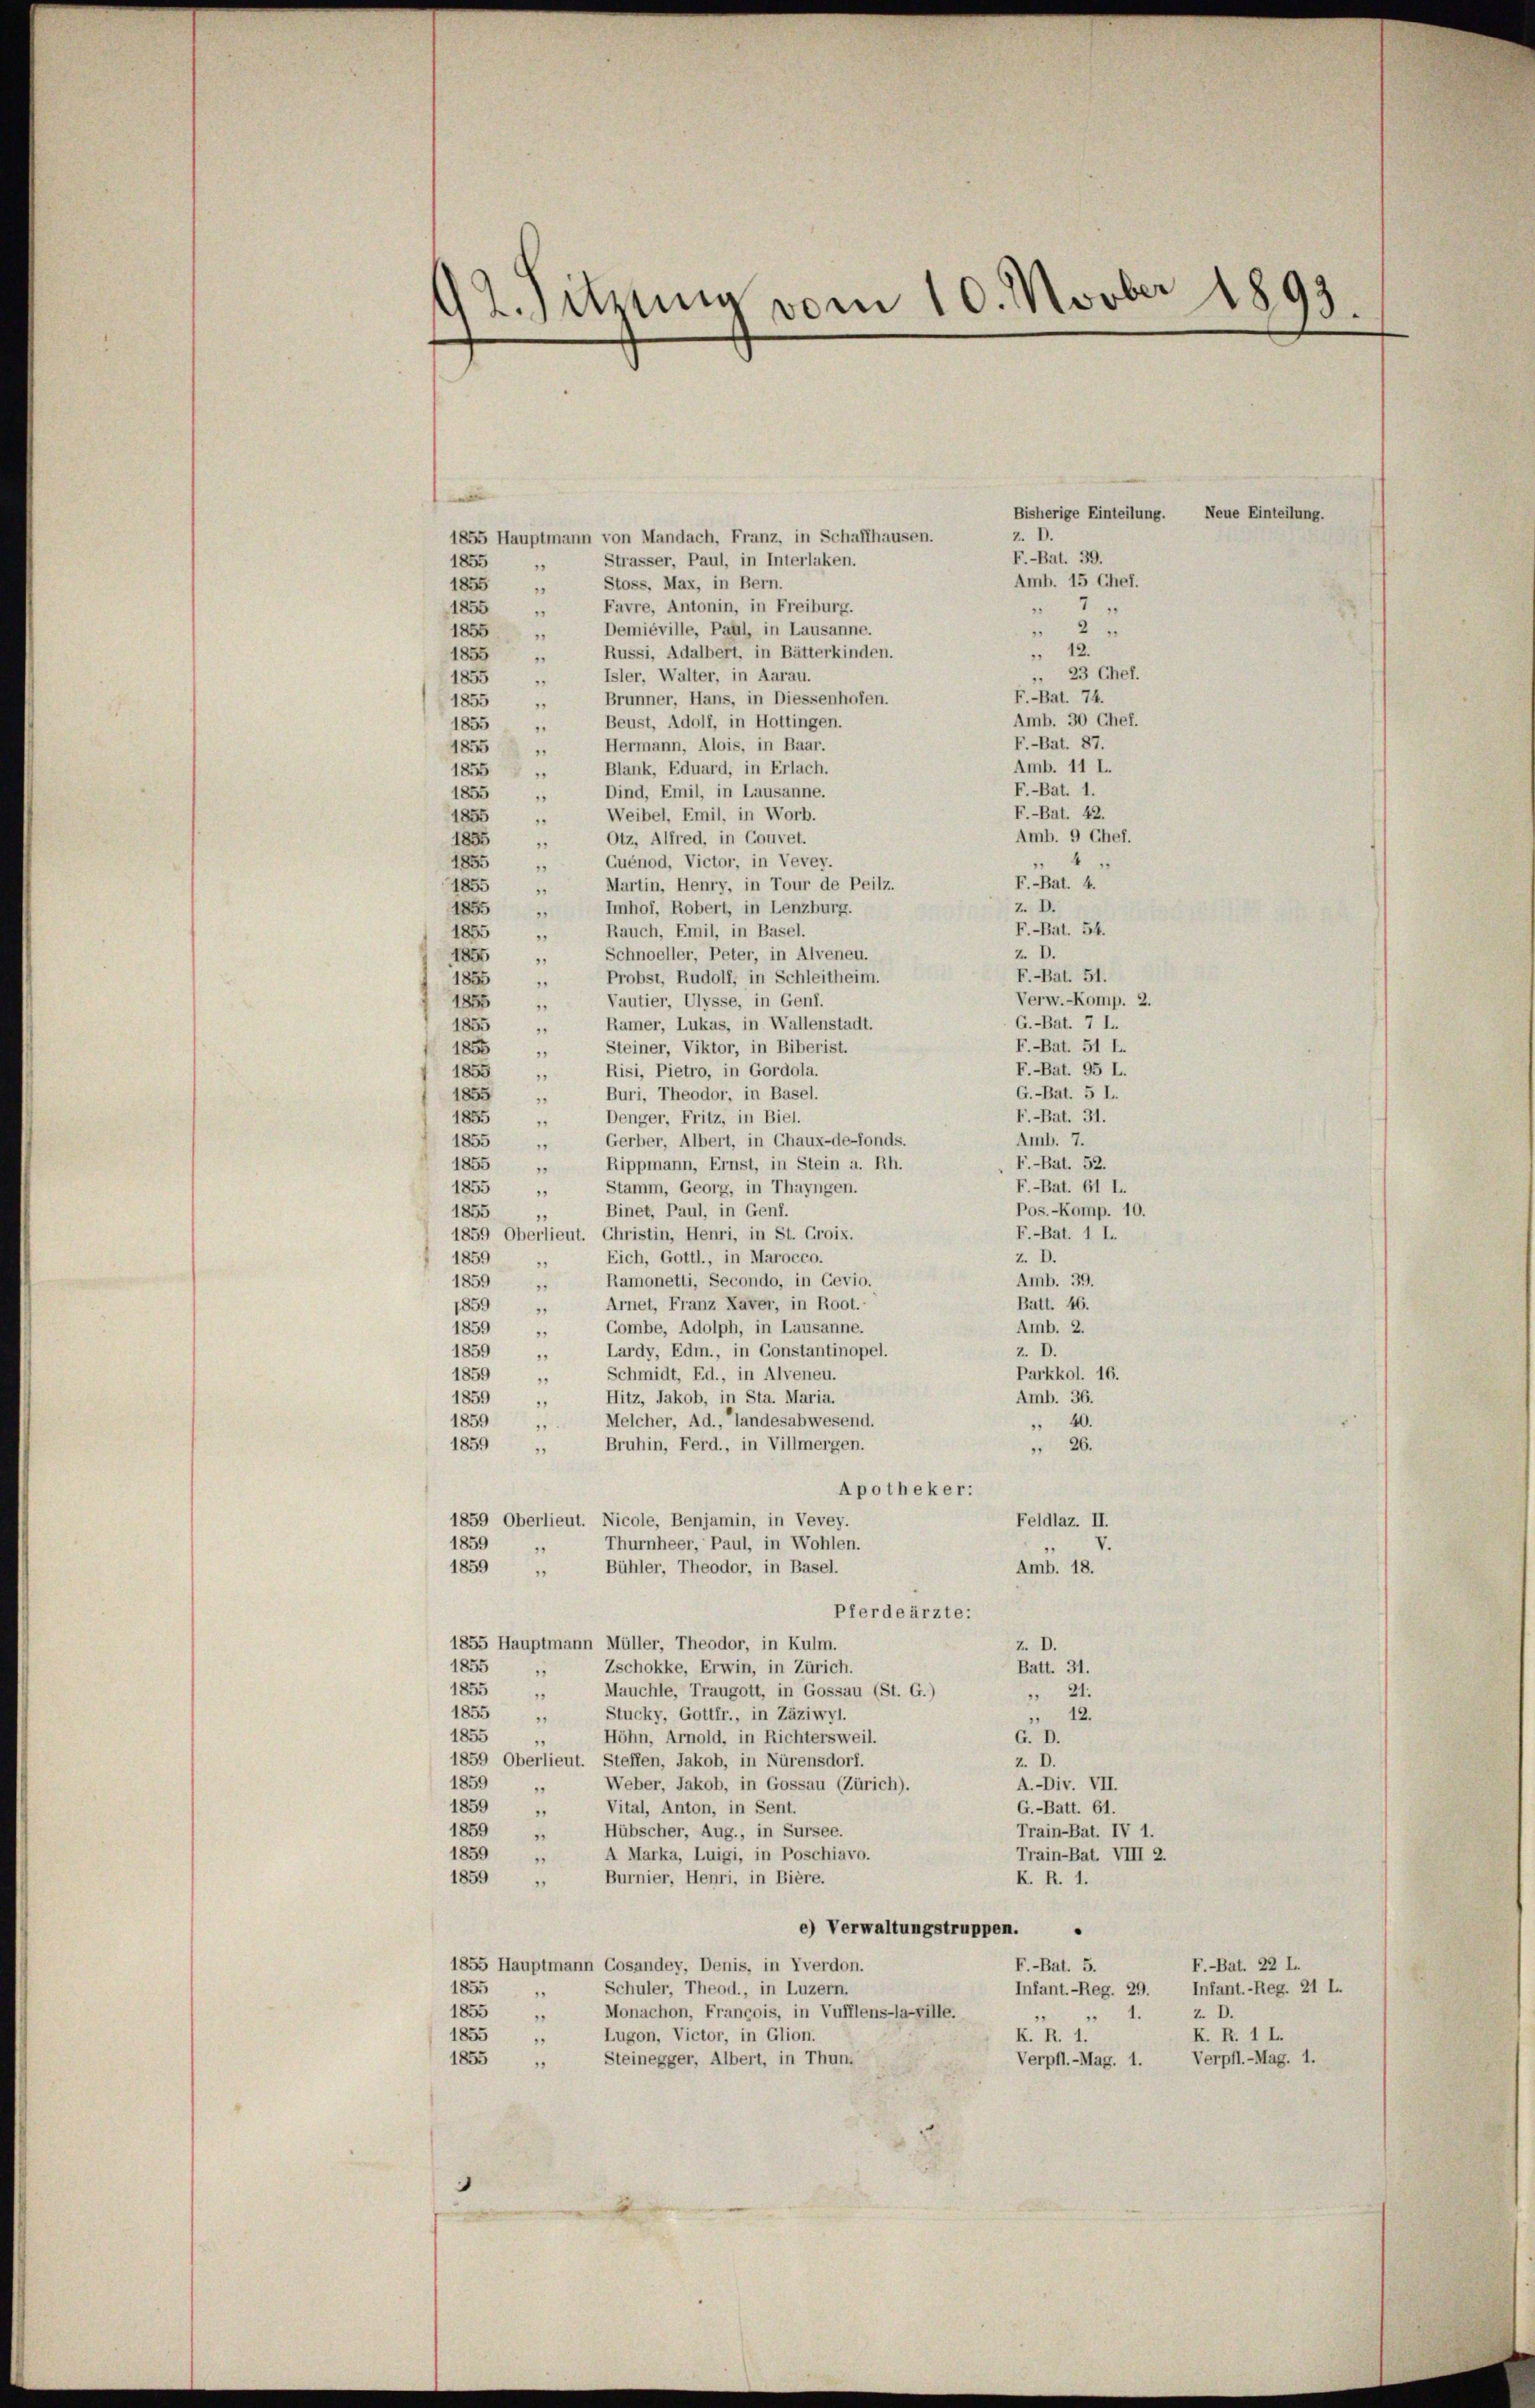
1855
1855
1855
1855
1855
1855
1855
1855
1855
1855
1855
1856
1855
1855
1855
1855
1855
1855
1855
1859
1859
1859
1859
1859
1859
1859
1859
1859
1859
1855
1855
1855

12. Sitzung vom 10. Novber 1893.

1855 Hauptmann von Mandach, Franz, in Schaffhausen.
1855
Strasser, Paul, in Interlaken.
"
Stoss. Max, in Bern.
1855
“
Favre, Antonin, in Freiburg.
1855
Demiéville, Paul, in Lausanne.
1855
"
Russi, Adalbert, in Bätterkinden.
1855
Isler, Walter, in Aarau.
1855
9
Brunner, Hans, in Diessenhofen.
1855
Beust, Adolf, in Hottingen.
1855
Hermann, Alois, in Baar.
1855
Blank, Eduard, in Erlach.
1855
Dind, Emil, in Lausanne.
Weibel, Emil, in Worb.
1
Otz, Alfred, in Couvet.
.
4
Quénod, Victor, in Vevey.
F.-Bat. 4.
Martin, Henry, in Tour de Peilz.
.
Imhof, Robert, in Lenzburg.
Rauch, Emil, in Basel.
.
Schnoeller, Peter, in Alveneu.
Probst, Rudolf, in Schleitheim.
Vautier, Ulysse, in Genf.
Ramer, Lukas, in Wallenstadt.
Steiner, Viktor, in Biberist.
Risi, Pietro, in Gordola.
1
G.-Bat. 5 I.
Buri, Theodor, in Basel.
F.-Bat. 31.
Denger, Fritz, in Biel.
Amb. 7.
Gerber, Albert, in Chaux-de-Fonds.
F.-Bat. 52.
Rippmann, Ernst, in Stein a. Rh.
F.-Bat. 61 l.
Stamm, Georg, in Thayngen.
Pos.-Komp. 10.
Binet, Paul, in Genf.
F.-Bat. 1 l.
1859 Oberlieut. Christin, Henri, in St. Groix.
2. D.
Eich, Gottl., in Marocco.
1
Amb. 39.
1859 „ Ramonetti, Secondo, in Gevio.
Batt. 46.
Arnet, Franz Xaver, in Root.
.
Amb. 2.
Combe, Adolph, in Lausanne.
Z. D.
Lardy, Edm., in Constantinopel.
Parkkol. 16.
Schmidt, Ed., in Alveneu.
Amb. 36.
Hitz, Jakob, in Sta. Maria.
Melcher, Ad., Landesabwesend.
40.
Bruhin, Ferd., in Villmergen.
 26.
Apotheker:
1859 Oberlieut. Nicole, Benjamin, in Vevey.
Feldlaz. II.
Thurnheer, Paul, in Wohlen.
Bühler, Theodor, in Basel.
Amb. 18.
Pferdeärzte:
1855 Hauptmann Müller, Theodor, in Kulm.
z. D.
Batt. 31.
Zschokke, Erwin, in Zürich.
5
Mauchle, Traugott, in Gossau (St. G.)
 21.
.
Stucky, Gottfr., in Zäziwyl.
 12.
.
1855
G. D.
Höhn, Arnold, in Richtersweil.
1859 Oberlieut. Steffen, Jakob, in Nürensdorf.
Z. D.
1859
Weber, Jakob, in Gossau (Zürich).
A.-Div. VII.
.
1859
Vital, Anton, in Sent.
G.-Batt. 61.
1859
Hübscher, Aug., in Sursee.
Train-Bat. IV 1.
1859
A Marka, Luigi, in Poschiavo.
Train-Bat. VIII 2.
1859
Burnier, Henri, in Bière.
K. R. 1.
e) Verwaltungstruppen.
F.-Bat. 5.
F.-Bat. 22 L.
1855 Hauptmann Cosandey, Denis, in Yverdon.
1855
Infant.-Reg. 21 L.
Schuler, Theod., in Luzern,
Infant.-Reg. 29.
1
1855
Monachon, François, in Vufflens-la-ville.
Z. D.
.
1855
K. R. 1 L.
Lugon, Victor, in Glion.
K. R. 1.
1855
Verpfl.-Mag. 1.
Steinegger, Albert, in Thun.
Verpfl.-Mag. 1.

Z. D.
3
2
 12.
23 Chef.
F.Bat. 74.
Amb. 30 Chef.
F.-Bat. 87.
Amb. 11 L.
F.-Bat. 1.
F.-Bat. 42.
Amb. 9 Chef.

Z. D.

Bisherige Einteilung. Neue Einteilung.
F.-Bat. 39.
Amb. 15 Chef.
7

F.-Bat. 54.
2 D.
F.-Bat. 51.
Verw.-Komp. 2.
G.-Bat. 7 L.
F.-Bat. 51 L.
F.-Bat. 95 L.